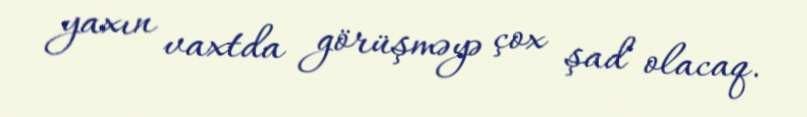
yaxın vaxtda görüşməyə çox şad olacaq.